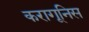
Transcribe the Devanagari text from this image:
करागूनिस